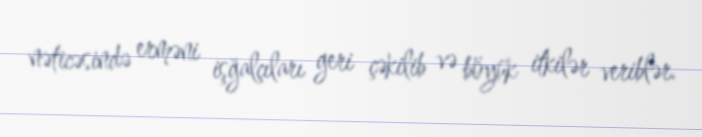
nəticəsində erməni işğalçıları geri çəkilib və böyük itkilər veriblər.